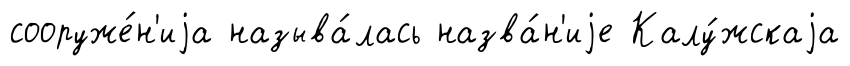
сооруже́н'иjа называ́лась назва́н'иjе Калу́жскаjа